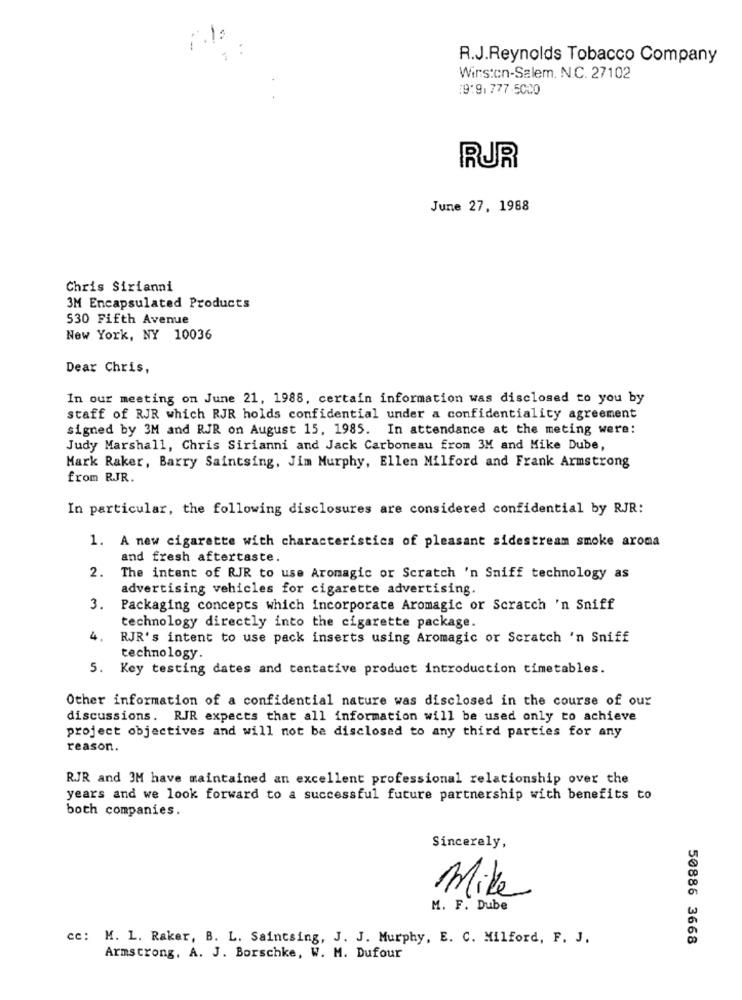
1 :
R.J.Reynolds Tobacco Company
Wirs:cn-Salem. N.C. 27102
19:9, 777-5000
RUR
June 27, 1988
Chris Sirianni
3M Encapsulated Products
530 Fifth Avenue
New York, NY 10036
Dear Chris,
In our meeting on June 21, 1988, certain information was disclosed to you by
staff of RJR which RJR holds confidential under a confidentiality agreement
signed by 3M and RJR on August 15, 1985. In attendance at the meting were:
Judy Marshall, Chris Sirianni and Jack Carboneau from 3M and Mike Dube,
Mark Raker, Barry Saintsing, Jim Murphy, Ellen Milford and Frank Armstrong
from RJR.
In particular, the following disclosures are considered confidential by RJR:
1. A new cigarette with characteristics of pleasant sidestream smoke aroma
and fresh aftertaste.
2.
The intent of RJR to use Aromagic or Scratch 'n Sniff technology as
advertising vehicles for cigarette advertising.
3.
Packaging concepts which incorporate Aromagic or Scratch 'n Sniff
technology directly into the cigarette package.
4.
RJR's intent to use pack inserts using Aromagic or Scratch 'n Sniff
technology.
5. Key testing dates and tentative product introduction timetables.
Other information of a confidential nature was disclosed in the course of our
discussions. RJR expects that all information will be used only to achieve
project objectives and will not be disclosed to any third parties for any
reason.
RJR and 3M have maintained an excellent professional relationship over the
years and we look forward to a successful future partnership with benefits to
both companies.
Sincerely,
Mike
M. F. Dube
cc: M. L. Raker, B. L. Saintsing, J. J. Murphy, E. C. Milford, F. J.
50886 3668
Armstrong, A. J. Borschke, W. M. Dufour